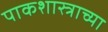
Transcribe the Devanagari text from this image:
पाकशास्त्राच्या